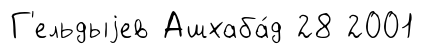
Г'ельдыjев Ашхаба́д 28 2001